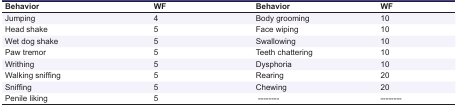
<table><thead><tr><td><b>Behavior</b></td><td><b>WF</b></td><td><b>Behavior</b></td><td><b>WF</b></td></tr></thead><tbody><tr><td> Jumping </td><td> 4 </td><td> Body grooming </td><td> 10 </td></tr><tr><td> Head shake </td><td> 5 </td><td> Face wiping </td><td> 10 </td></tr><tr><td> Wet dog shake </td><td> 5 </td><td> Swallowing </td><td> 10 </td></tr><tr><td> Paw tremor </td><td> 5 </td><td> Teeth chattering </td><td> 10 </td></tr><tr><td> Writhing </td><td> 5 </td><td> Dysphoria </td><td> 10 </td></tr><tr><td> Walking sniffing </td><td> 5 </td><td> Rearing </td><td> 20 </td></tr><tr><td> Sniffing </td><td> 5 </td><td> Chewing </td><td> 20 </td></tr><tr><td> Penile liking </td><td> 5 </td><td>-------- </td><td> -------- </td></tr></tbody></table>